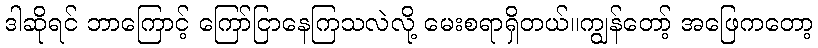
ဒါဆိုရင် ဘာကြောင့် ကြော်ငြာနေကြသလဲလို့ မေးစရာရှိတယ်။ကျွန်တော့် အဖြေကတော့